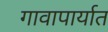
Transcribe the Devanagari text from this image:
गावापार्यात